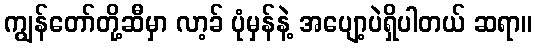
ကျွန်တော်တို့ဆီမှာ လာ့ခ် ပုံမှန်နဲ့ အပျော့ပဲရှိပါတယ် ဆရာ။